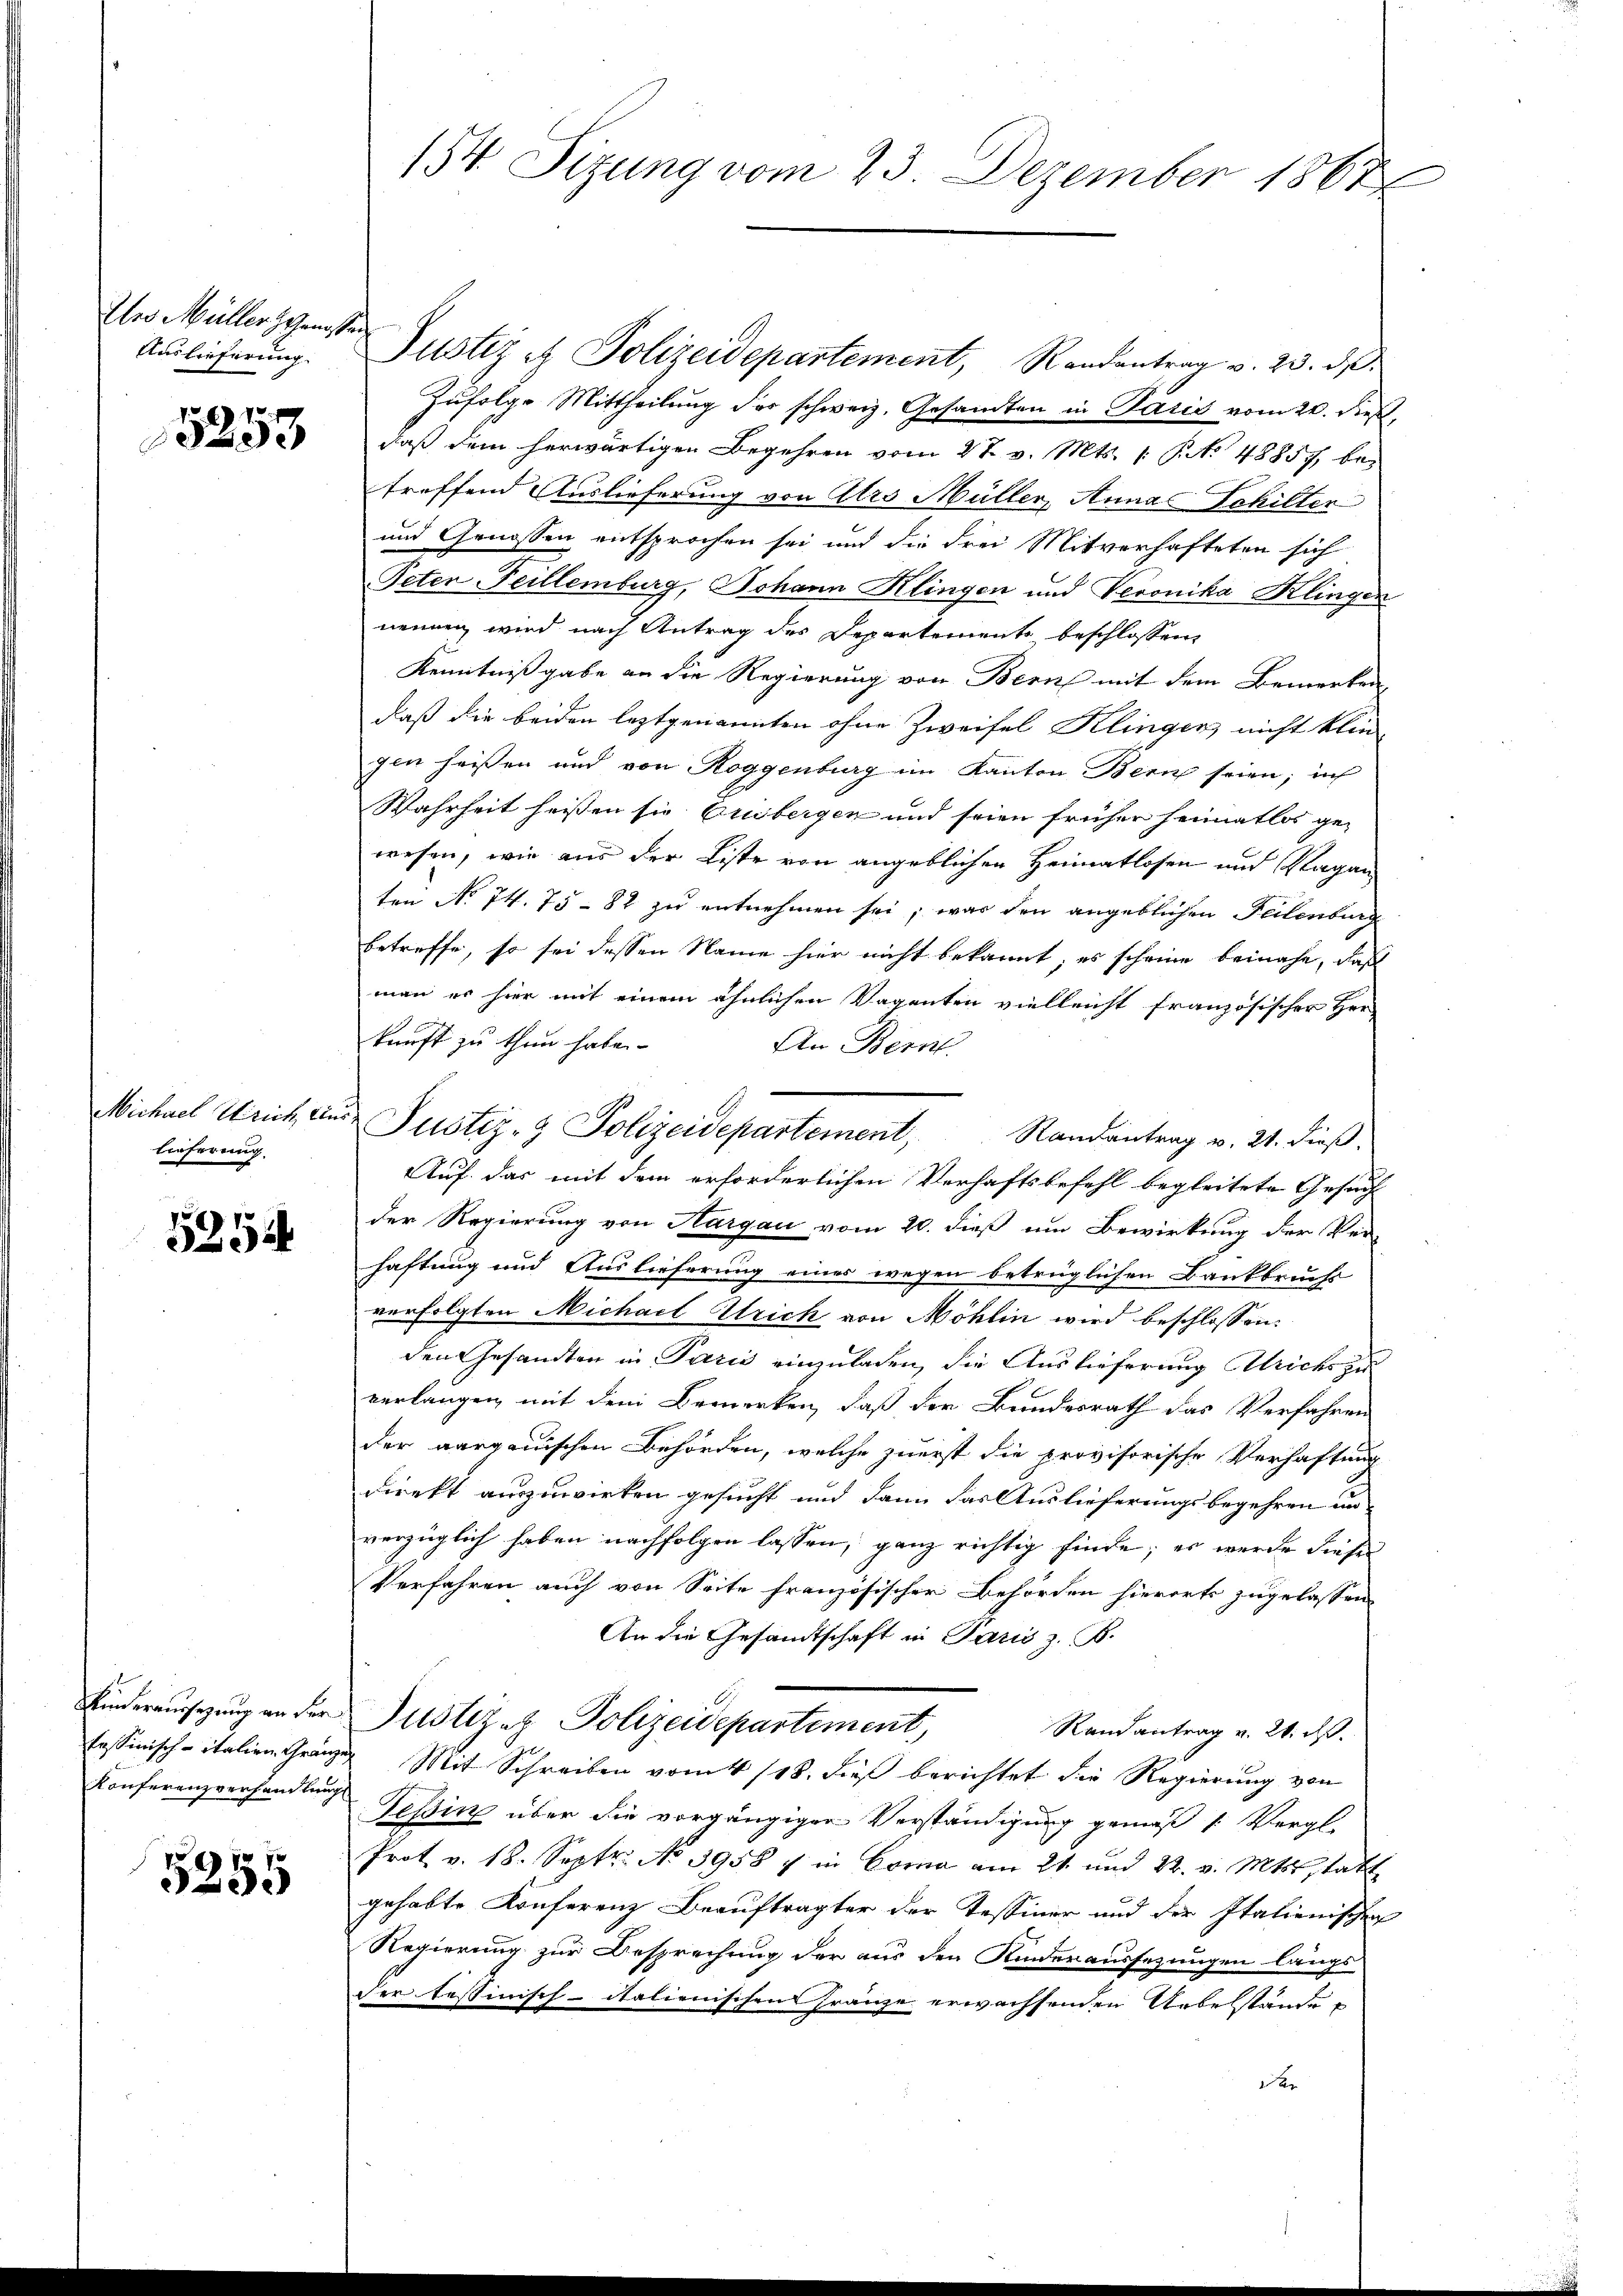
Ihro Müller geisten
Auslieferung.

15253

Michael Wrich, ein
lieferung

154
90

Kinderaussagung an der

7 f
 Jede

154. Sizung vom 23. Dezember 1867

Justiz & Polizeidepartement, Randantrag v. 23. ds.
Zufolge Mittheilung der schweiz. Gesandten in Paris vom 20. dieß,
daß dem herwärtigen Begehren vom 2 t v. Mts. 1. No 48857, betreffend Auslieferung von Atro Müller, Annas Schiller
und Genossen entsprochen sei und die drei Mitverhafteten sich
Peten Feillenburg, Johann Klingen und Veronika Klingen
nennen wird nach Antrag des Departements beschlossen,
Kenntnißgabe an die Regierung von Bern mit dem Bemerken
daß die beiden leztgenannten ohne Zweifel Klingen nicht klin
gen heissen und von Roggenburg im Kanton Bern seien; in
Wahrheit heissen sie Crisbergen und seien früher Heimatlos ge-
wesen, wie aus der Liste von angeblichen Heimatlosen und Vagan
ten No 74. 75 - 82 zu entnehmen sei; was den angeblichen Teilenburg
betreffe, so sei dessen Name hier nicht bekannt, es scheine beinahe, daß
man er hier mit einem ähnlichen Vaganten vielleicht französischer Her
kunft zu thun habe.
An Bern.
Auf das mit dem erforderlichen Verhaftsbefehl begleitete Gesuch
der Regierung von Hargau vom 20. dieß um Bewirkung der Ver-
haftung und Auslieferung eines wegen betrüglichen Bankbruchs
verfolgten Michael Ulrich von Möhlin wird beschlossen:
den Gesandten in Paris einzuladen, die Auslieferung Ulrichs zu
verlangen mit dem Bemerken, daß der Bundesrath das Verfahren
der aargauischen Behörden, welche zuerst die provisorische Verhaftung
direkt auszuwirken gesucht und dann das Auslieferungsbegehren un
verzüglich haben nachfolgen lassen, ganz richtig finde; er werde dieser
Verfahren auch von Seite französischer Behörden hierorts zugelassen
An die Gesandtschaft in Paris z. B.
Justiz- & Polizeidepartement,
Randantrag v. 26. ds.
fessinisch-italien Gränzig Mit Schreiben vom 4/18. dieß berichtet die Regierung von
Konferenzverhandlung Tessin über die vorgängigen Verständigung gemäß 1 Vergl.
Prot. v. 18. Septr. No 3958 7 in Goma am 21. und 22. v. Mts. statt
gehabte Konferenz Beauftragter der Tessiner und der Italienischen
Regierung zur Besprechung der aus den Kinderaussezungen längs
der tessinisch-italienischens Franze erwachsenden Unbeständea

Justiz- & Polizeidepartement, Randantrag v. 21. dieß.